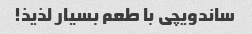
ساندویچی با طعم بسیار لذیذ!